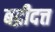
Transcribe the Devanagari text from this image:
बद्रीदत्त